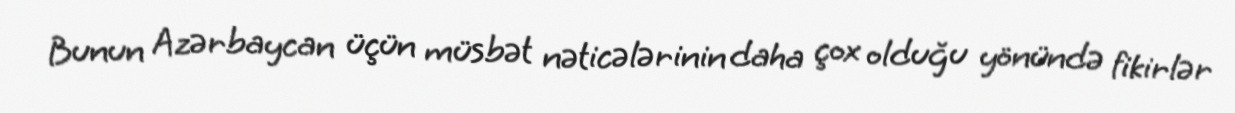
Bunun Azərbaycan üçün müsbət nəticələrinin daha çox olduğu yönündə fikirlər